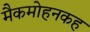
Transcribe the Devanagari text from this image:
मैकमोहनकह